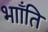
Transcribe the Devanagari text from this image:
भााँति